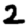
Digit: 2